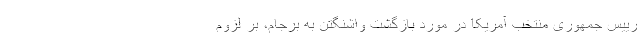
رییس جمهوری منتخب آمریکا در مورد بازگشت واشنگتن به برجام، بر لزوم